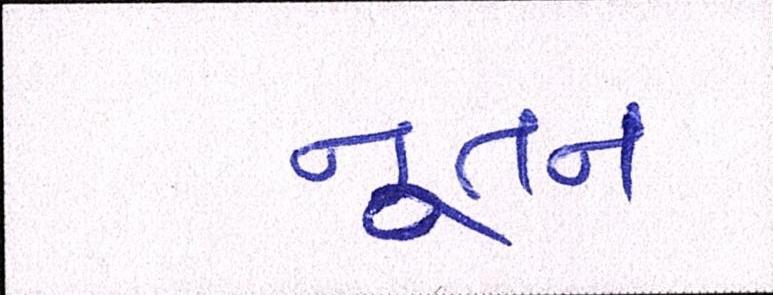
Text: નુતન